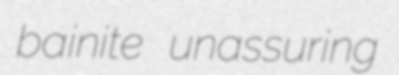
bainite unassuring